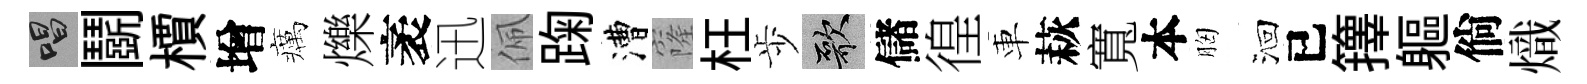
唱鬬檟增癘爍袤迅佩踘漕窿枉歩歌儲徨車萩寬本胸洄已籜軀倘熾